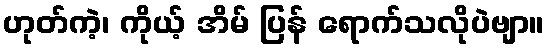
ဟုတ်ကဲ့၊ ကိုယ့် အိမ် ပြန် ရောက်သလိုပဲဗျာ။